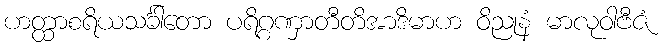
ဟတ္ထာစရိယသင်္ခါတော ပရိဂ္ဂဏှာတီတိအာဒိမာဟ ဝိညုနံ မာလုဝါဗီဇံ